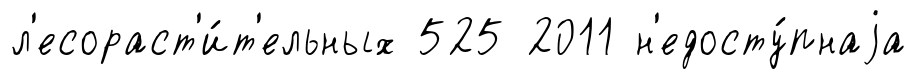
л'есораст'и́т'ельных 525 2011 н'едосту́пнаjа